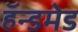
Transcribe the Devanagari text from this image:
हॅन्डमेड